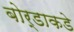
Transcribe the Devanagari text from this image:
बोर्डाकडे